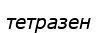
тетразен